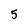
Character: 5